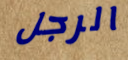
الرجل